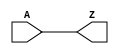
module DELAY (A, Z);
  parameter delay = 10;
  input A;
  output Z;
  assign #delay Z = A;
endmodule